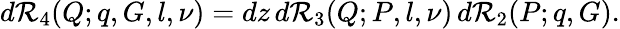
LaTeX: d{\cal R}_{4}(Q;q,G,l,\nu)=dz\, d{\cal R}_{3}(Q;P,l,\nu)\, d{\cal R}_{2}(P;q,G).